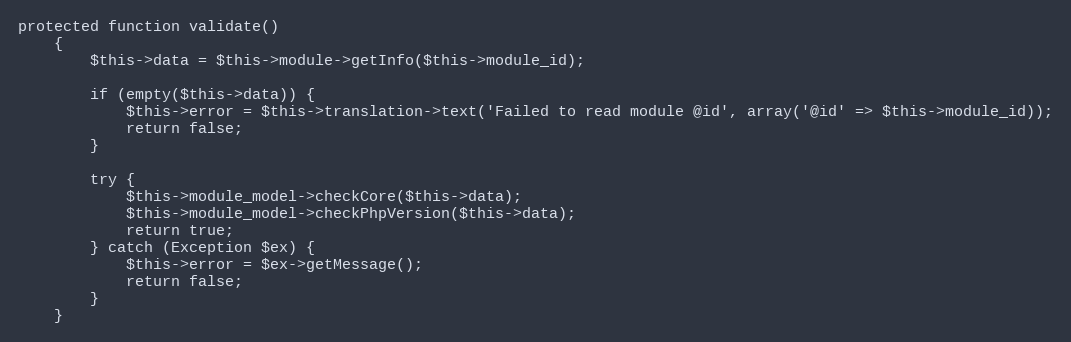
Language: PHP
protected function validate()
    {
        $this->data = $this->module->getInfo($this->module_id);

        if (empty($this->data)) {
            $this->error = $this->translation->text('Failed to read module @id', array('@id' => $this->module_id));
            return false;
        }

        try {
            $this->module_model->checkCore($this->data);
            $this->module_model->checkPhpVersion($this->data);
            return true;
        } catch (Exception $ex) {
            $this->error = $ex->getMessage();
            return false;
        }
    }